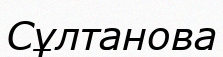
Сұлтанова